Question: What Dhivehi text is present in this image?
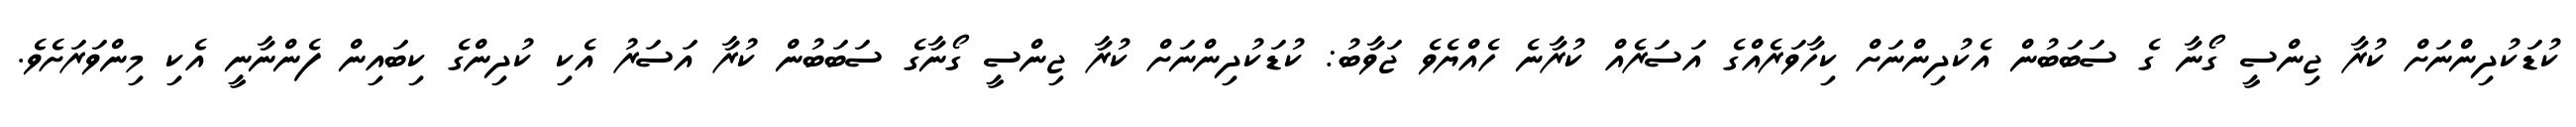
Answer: ކުޑަކުދިންނަށް ކުރާ ޖިންސީ ގޯނާ ގެ ސަބަބުން އެކުދިންނަށް ކިހާވަރެއްގެ އަސަރެއް ކުރާނެ ހެއްޔެވެ ޖަވާބު: ކުޑަކުދިންނަށް ކުރާ ޖިންސީ ގޯނާގެ ސަބަބުން ކުރާ އަސަރު އެކި ކުދިންގެ ކިބައިން ފެންނާނީ އެކި މިންވަރަށެވެ.